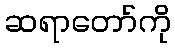
ဆရာတော်ကို